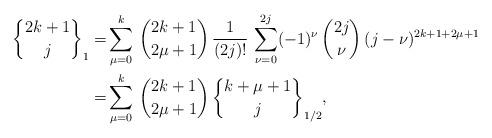
LaTeX: \begin{align*}{2k+1\brace j}_1 =& \sum_{\mu=0}^k\, {2k+1 \choose 2\mu+1} \, \frac{1}{(2j)!} \, \sum_{\nu=0}^{2j} (-1)^\nu \, {2j\choose\nu}\, (j-\nu)^{2k+1+2\mu+1}\\ =& \sum_{\mu=0}^k \, {2k+1\choose 2\mu+1}\, {k+\mu+1\brace j}_{1/2},\end{align*}